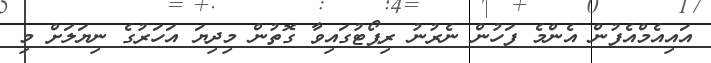
އައިއެމްއެފުން އެންމެ ފަހުން ނެރުނު ރިޕޯޓުގައިވާ ގޮތުން މިދިޔަ އަހަރުގެ ނިޔަލަށް މި